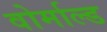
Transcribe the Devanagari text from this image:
वोर्माल्ड